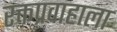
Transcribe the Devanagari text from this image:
रक्तप्रवाहाला